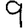
Digit: 9